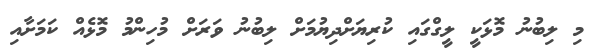
މި ލިބުނު މޮޅަކީ ލީގްގައި ކުރިޔަށްދިޔުމަށް ލިބުނު ވަރަށް މުހިންމު މޮޅެއް ކަމަށާއި